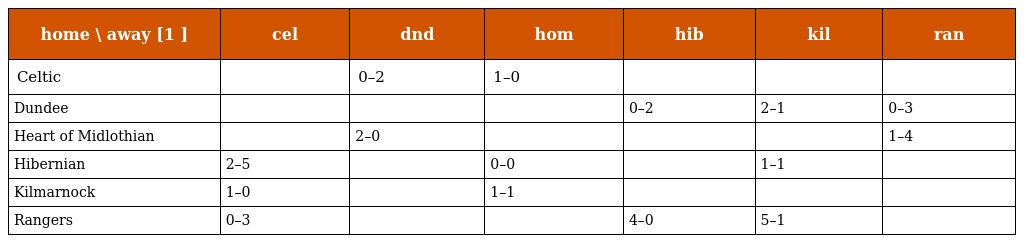
| home \ away [1 ] | cel | dnd | hom | hib | kil | ran |
 | --- | --- | --- | --- | --- | --- | --- |
 | Celtic |  | 0–2 | 1–0 |  |  |  |
 | Dundee |  |  |  | 0–2 | 2–1 | 0–3 |
 | Heart of Midlothian |  | 2–0 |  |  |  | 1–4 |
 | Hibernian | 2–5 |  | 0–0 |  | 1–1 |  |
 | Kilmarnock | 1–0 |  | 1–1 |  |  |  |
 | Rangers | 0–3 |  |  | 4–0 | 5–1 |  |